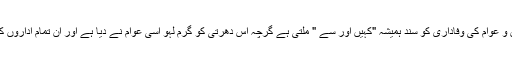
مرے وطن میی یہ چلن عام ہے کہ سویلین و عوام کی وفاداری کو سند ہمیشہ "کہیں اور سے " ملتی ہے گرچہ اس دھرتی کو گرم لہو اسی عوام نے دیا ہے اور ان تمام اداروں کو پالا بھی عوام نے ہی اپنا پیٹ کاٹ کر ۔